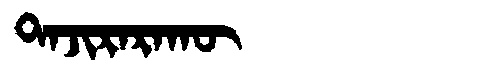
Manchu: ᡨᠠᠵᡳᡵᠠᡵᠠᡴᡡ
Romanization: TAJIRARAKŪ